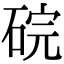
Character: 𬒑